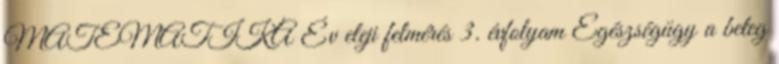
MATEMATIKA Év eleji felmérés 3. évfolyam Egészségügy a beteg